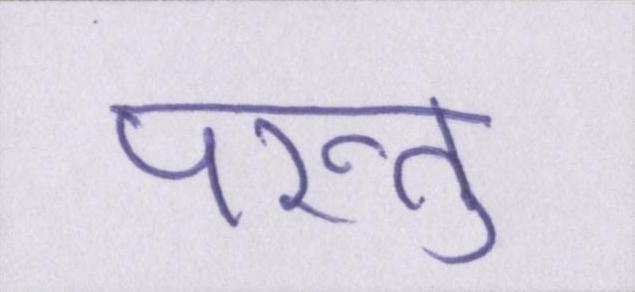
परन्तु